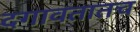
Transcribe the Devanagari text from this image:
दगावतातच